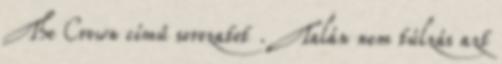
The Crown című sorozatot . Talán nem túlzás azt